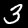
Label: 3